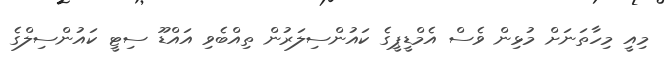
މިއީ މިހާތަނަށް މުޅިން ވެސް އެމްޑީޕީގެ ކައުންސިލަރުން ތިއްބެވި އައްޑޫ ސިޓީ ކައުންސިލްގެ